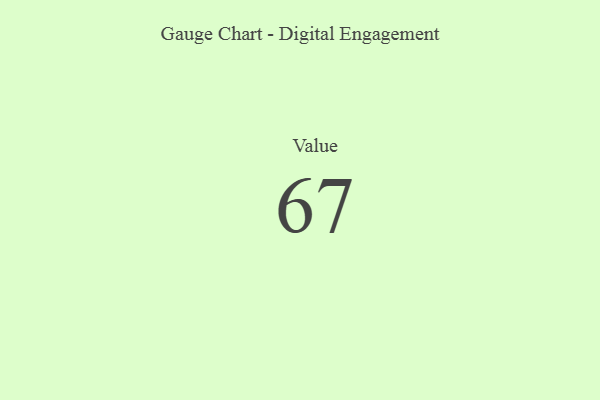
{"axis": {"x": "Metric", "y": "Value"}, "legend": [""], "data": [{"x": "Value", "y": 67, "type": ""}]}